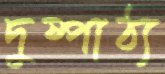
দুষ্পাঠ্য